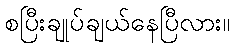
စပြီးချုပ်ချယ်နေပြီလား။